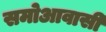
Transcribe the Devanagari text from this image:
समोआवासी